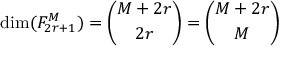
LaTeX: \mathrm { d i m } ( F _ { 2 r + 1 } ^ { M } ) = { \binom { M + 2 r } { 2 r } } = { \binom { M + 2 r } { M } }